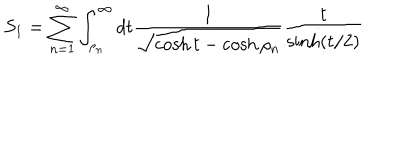
LaTeX: S _ { 1 } = \sum _ { n = 1 } ^ { \infty } \int _ { \rho _ { n } } ^ { \infty } d t \frac { 1 } { \sqrt { \cosh t - \cosh \rho _ { n } } } \frac { t } { \sinh ( t / 2 ) }